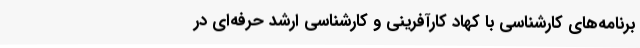
برنامه‌های کارشناسی با کهاد کارآفرینی و کارشناسی ارشد حرفه‌ای در